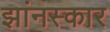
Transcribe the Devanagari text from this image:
झांनस्कार